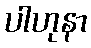
ပါဟုနာ